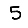
Digit: 5